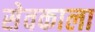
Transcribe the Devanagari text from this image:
सेवकाला